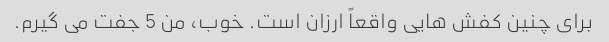
برای چنین کفش هایی واقعاً ارزان است. خوب، من 5 جفت می گیرم.